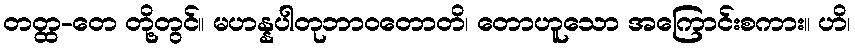
တတ္ထ-တေ တို့တွင်။ မဟန္နပါတုဘာဝတောတိ၊ တောဟူသော အကြောင်းစကား။ ဟိ၊